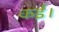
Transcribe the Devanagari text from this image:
कई।